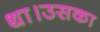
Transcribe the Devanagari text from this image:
था।उसका